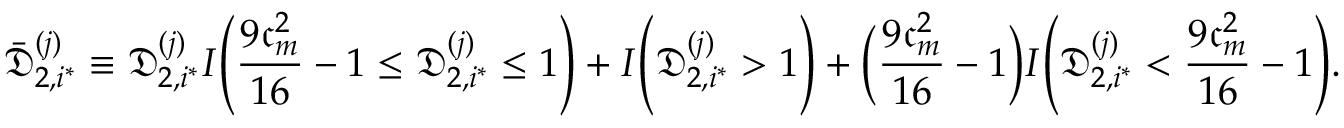
\bar { \mathfrak { D } } _ { 2 , i ^ { * } } ^ { ( j ) } \equiv \mathfrak { D } _ { 2 , i ^ { * } } ^ { ( j ) } I \Bigg ( \frac { 9 \mathfrak { c } _ { m } ^ { 2 } } { 1 6 } - 1 \leq \mathfrak { D } _ { 2 , i ^ { * } } ^ { ( j ) } \leq 1 \Bigg ) + I \Bigg ( \mathfrak { D } _ { 2 , i ^ { * } } ^ { ( j ) } > 1 \Bigg ) + \Big ( \frac { 9 \mathfrak { c } _ { m } ^ { 2 } } { 1 6 } - 1 \Big ) I \Bigg ( \mathfrak { D } _ { 2 , i ^ { * } } ^ { ( j ) } < \frac { 9 \mathfrak { c } _ { m } ^ { 2 } } { 1 6 } - 1 \Bigg ) .